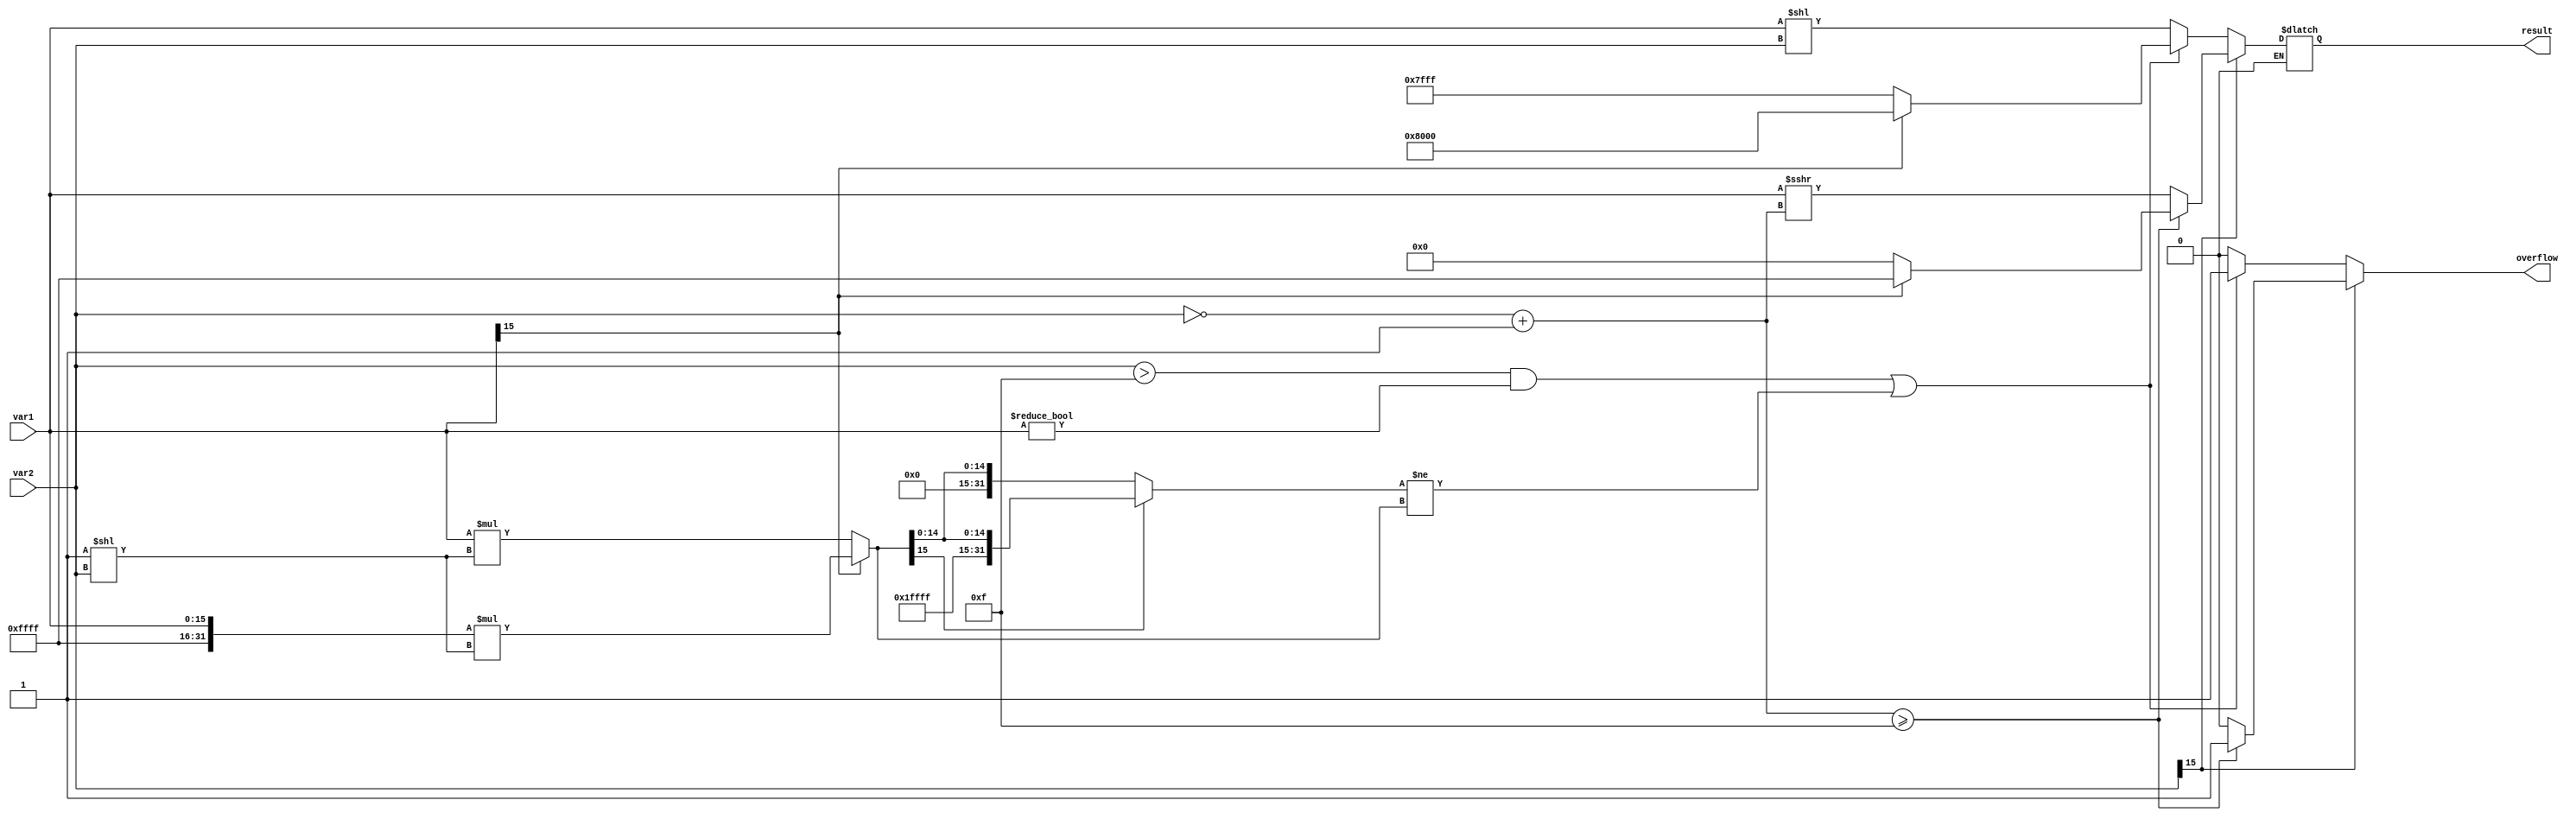
module shl(var1,var2,overflow,result);

// var1 = number to be shifted
// var2 = number of shifts 
input [15:0] var1, var2;

// result = result after shifting
output reg [15:0] result;
output reg overflow;

wire var1gt0 = ~(var1[15]);
wire [15:0] negvar2 = ~(var2) + 16'd1; 

reg [31:0] resultat, resultatcheck;

always @(*)
begin
  overflow = 0;
  /* If var2 is negative, do an shr */
  if (var2[15] == 1'b1) // (var2 < 0)
  begin
	if (negvar2 >= 16'd15)//if 2
		begin
			overflow = 1;
			if(var1gt0)
				result = 16'h0;
			else if(~var1gt0)
				result = 16'hffff;			
		end//if2
		 
		else // else2
			result = var1 >>> negvar2;	
  end
  else 
  begin
		if (var1[15] == 1)
			resultat = {16'hffff,var1} * (32'd1 << var2);
		else
			resultat = {16'd0,var1} * (32'd1 << var2);
		if (resultat[15] == 1)
			resultatcheck = {16'hffff, resultat[15:0]};
		else
			resultatcheck = {16'd0, resultat[15:0]};
        if(((var2 > 16'd15) && (var1 != 0)) || resultatcheck != resultat)
		begin
			overflow = 1;
			if(var1[15] == 0)
				result = 16'h7fff;
			else
				result = 16'h8000;
		end
		
		else
			result = var1 << var2;
  end
  
end//always

endmodule